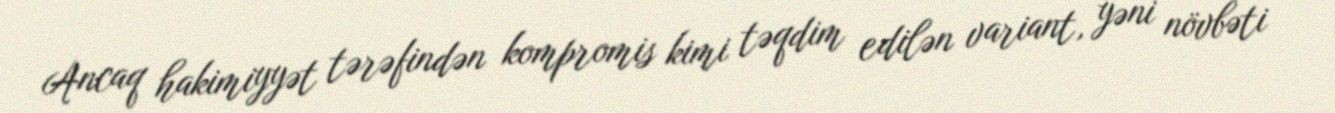
Ancaq hakimiyyət tərəfindən kompromis kimi təqdim edilən variant, yəni növbəti